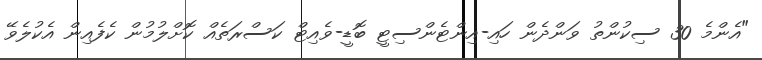
"އެންމެ 30 ސިކުންތު ވަންދެން ހައި-އިންޓެންސިޓީ ބޮޑީ-ވެއިޓް ކަސްރަތެއް ކޮށްލުމުން ކެފެއިން އެކުލެވޭ